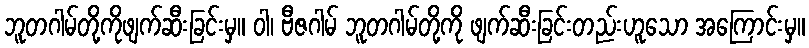
ဘူတဂါမ်တို့ကိုဖျက်ဆီးခြင်းမှ။ ဝါ၊ ဗီဇဂါမ် ဘူတဂါမ်တို့ကို ဖျက်ဆီးခြင်းတည်းဟူသော အကြောင်းမှ။